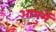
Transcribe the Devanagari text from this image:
आयुमें